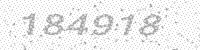
Solution: 184918